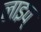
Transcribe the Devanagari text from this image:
लाइव्